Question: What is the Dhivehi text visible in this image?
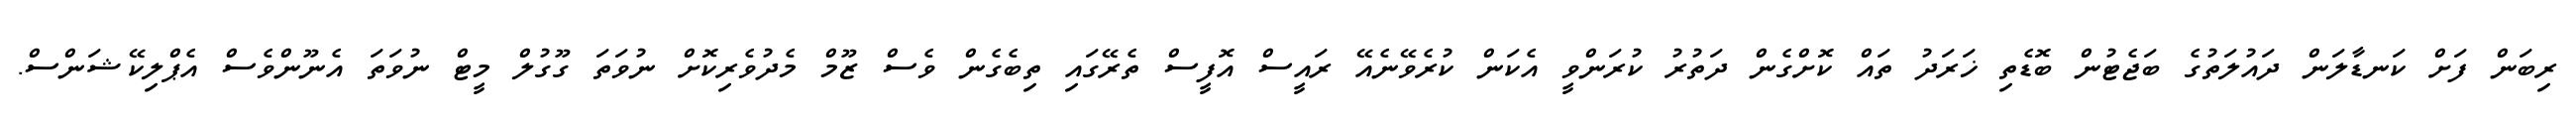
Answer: ރިބަން ފަށް ކަނޑާލަން ދައުލަތުގެ ބަޖެޓުން ބޮޑެތި ޚަރަދު ތައް ކޮށްގެން ދަތުރު ކުރަންވީ އެކަން ކުރެވޭނެއޭ ރައީސް އޮފީސް ތެރޭގައި ތިބެގެން ވެސް ޒޫމް މެދުވެރިކޮށް ނުވަތަ ގޫގުލް މީޓް ނުވަތަ އެނޫންވެސް އެޕްލިކޭޝަންސް.